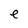
Character: e